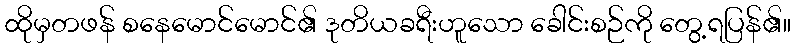
ထိုမှတဖန် စနေမောင်မောင်၏ ဒုတိယခရီးဟူသော ခေါင်းစဉ်ကို တွေ့ရပြန်၏။